Report on horse surra - Volume I
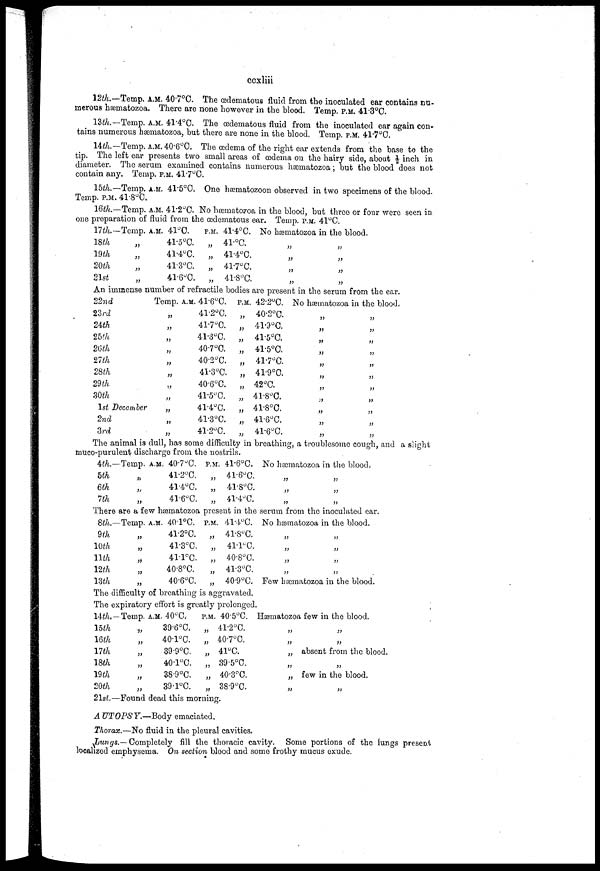
ccxliii
12th.—Temp. A.M. 40.7°C. The œdematous fluid from the inoculated ear contains nu-
merous hæmatozoa. There are none however in the blood. Temp. P.M. 41.3°C.
13th.—Temp. A.M. 41.4ºC. The œdematous fluid from the inoculated ear again con-
tains numerous hæmatozoa, but there are none in the blood. Temp. P.M. 41.7°C.
14th.—Temp. A.M. 40.6°C. The œdema of the right ear extends from the base to the
tip. The left ear presents two small areas of œdema on the hairy side, about ½ inch in
diameter. The serum examined contains numerous hæmatozoa; but the blood does not
contain any. Temp. P.M. 41.7°C.
15th.—Temp. A.M. 41.5°C. One hæmatozoon observed in two specimens of the blood.
Temp. P.M. 41.8°C.
16th.—Temp. A.M. 41.2°C. No hæmatozoa in the blood, but three or four were seen in
one preparation of fluid from the œdematous ear. Temp. P.M. 41°C.
17th.—
18th
19th
20th
21st
Temp.
„
„
„
„
A.M. 41°C.
41.5°C.
41.4°C.
41.3°C.
41.6°C.
P.M. 41.4°C.
„ 41.°C.
„ 41.4°C.
„ 41.7ºC.
„ 41.8°C.
No hæmatozoa in the blood.
„ „
„ „
„ „
„ „
An immense number of retractile bodies are present in the serum from the ear.
22nd
23rd
24th
25th
26th
27th
28th
29th
30th
1st December
2nd
3rd
Temp. A.M. 41.6°C.
„
41.2°C.
„ 41.7°C.
„ 41.3°C.
„ 40.7°C.
„ 40.2°C.
„
41.3°C.
„
40.6°C.
„ 41.5°C.
„ 41.4°C.
„ 41.3°C.
„
41.2°C.
P.M. 42.2°C.
„ 40.2°C.
„ 41.3°C.
„ 41.5°C.
„ 41.5°C.
„ 41.7ºC.
„ 41.9°C.
„ 42°C.
„ 41.8°C.
„ 41.8°C.
„ 41.6°C.
„ 41.6°C.
No hæmatozoa
„
„
„
„
„
„
„
„
„
„
„
in the blood.
„
„
„
„
„
„
„
„
„
„
„
The animal is dull, has some difficulty in breathing, a troublesome cough, and a slight
muco-purulent discharge from the nostrils.
4th.-
5th
6th
7th
-Temp. A.M. 40.7°C.
„
41.2°C.
„ 41.4°C.
„
41.6°C.
P.M.. 41.6°C.
„ 41.6°C.
„ 41.8°C.
„ 41.4°C.
No hæmatozoa in the blood.
„ „
„ „
„ „
There are a few hæmatozoa present in the serum from the inoculated ear.
8th.—Temp.
9th „
10th
„
11th
„
12th
„
13th „
A.M 40.1°C.
41.2°C.
41.3°C.
41.1°C
40.8°C.
40.6°C.
P.M. 41.4°C.
„ 41.8ºC.
„ 41.1ºC.
„ 40.8°C.
„ 41.3°C.
„ 40.9°C.
No hæmatozoa in the blood.
„ „
„ „
„ „
„ „
Few hæmatozoa in the blood.
The difficulty of breathing is aggravated.
The expiratory effort is greatly prolonged.
14th.—
15th
16th
17th
18th
12th
20th
Temp. A.M. 40ºC,
„
39.6°C.
40.1°C.
„
39.9°C.
40.1°C.
38.9°C.
„
39.1°C.
P.M. 40.5°C.
„ 41.2°0.
„ 40.7°C.
„ 41°C.
„ 39.5°C.
„ 40.3°C.
„ 38.9°C.
21st.—Found dead this morning.
Hæmatozoa few in the blood.
„ „
„ „
„ absent from the blood.
„ „
„ few in the blood.
„ „
AUTOPSY.—Body
emaciated.
Thorax.—No fluid in the pleural cavities.
Lungs.— Completely fill the thoracic cavity. Some portions of the lungs present
localized emphysema. On section blood and some frothy mucus exude.